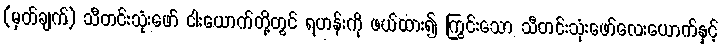
(မှတ်ချက်) သီတင်းသုံးဖော် ငါးယောက်တို့တွင် ရဟန်းကို ဖယ်ထား၍ ကြွင်းသော သီတင်းသုံးဖော်လေးယောက်နှင့်